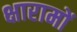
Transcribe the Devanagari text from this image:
क्षारामों